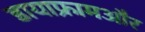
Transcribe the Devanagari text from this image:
डायाफ्रामऔर